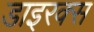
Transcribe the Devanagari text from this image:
डाइरक्स